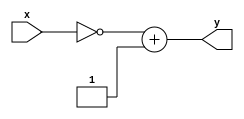
module twoscomplement(
    input [7:0] x,
    output [7:0] y
);

assign y[7:0] = ~x[7:0] + 8'h01;

endmodule